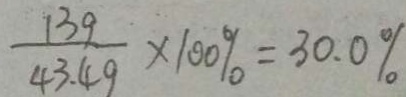
\frac { 1 3 g } { 4 3 . 4 g } \times 1 0 0 \% = 3 0 . 0 \%